Calcutta medical institutions reports 1871-78
Year: 1871
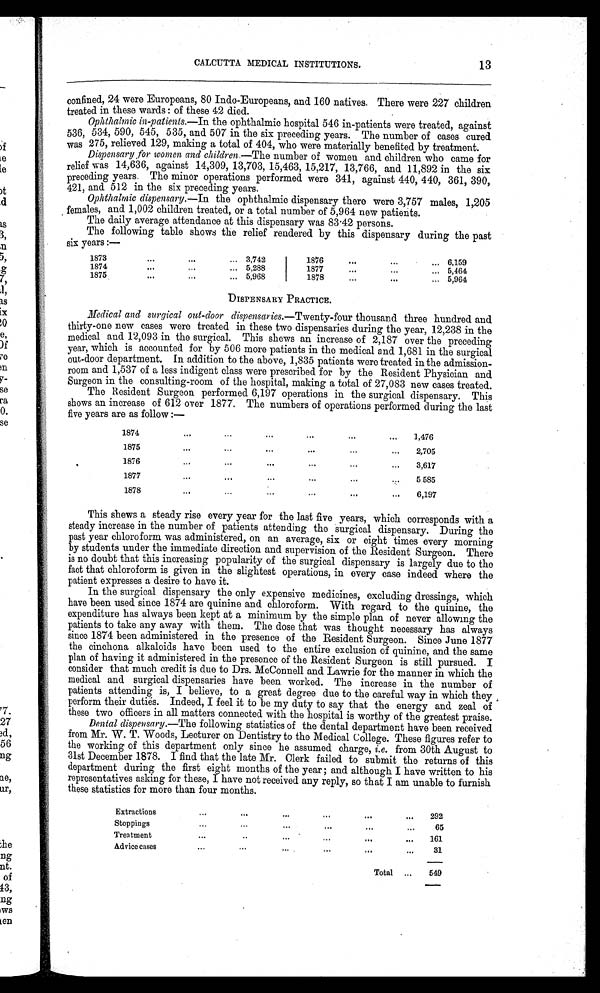
CALCUTTA MEDICAL INSTITUTIONS.
13
confined, 24 were Europeans, 80 Indo-Europeans, and 160 natives. There were 227 children
treated in these wards : of these 42 died.
Ophthalmic in-patients.—In the ophthalmic hospital 546 in-patients were treated, against
536, 534, 590, 545, 535, and 507 in the six preceding years. The number of cases cured
was 275, relieved 129, making a total of 404, who were materially benefited by treatment.
Dispensary for women and children. —The number of women and children who came for
relief was 14,636, against 14,309, 13,703, 15,463, 15,217, 13,766, and 11,892 in the six
preceding years. The minor operations performed were 341, against 440, 440, 361, 390,
421, and 512 in the six preceding years.
Ophthalmic dispensary. —In the ophthalmic dispensary there were 3,757 males, 1,205
females, and 1,002 children treated, or a total number of 5,964 new patients.
The daily average attendance at this dispensary was 83.42 persons.
The following table shows the relief rendered by this dispensary during the past
si x year s: —
1873
...
...
.... 3,742
1874
...
...
... 5,288
1875
...
...
... 5,968
1876
...
...
... 6,159
1877
...
...
„, 5,464
1878
...
...
... 5,964
DISPENSARY PRACTICE.
Medical and surgical out-door dispensaries. —Twenty-four thousand three hundred and
thirty-one new cases were treated in these two dispensaries during the year, 12,238 in the
medical and 12,093 in the surgical. This shews an increase of 2,187 over the preceding
year, which is accounted for by 506 more patients in the medical and 1,681 in the surgical
out-door department. In addition to the above, 1,835 patients were treated in the admission-
room and 1,537 of a less indigent class were prescribed for by the Resident Physician and
Surgeon in the consulting-room of the hospital, making a total of 27,083 new cases treated.
The Resident Surgeon performed 6,197 operations in the surgical dispensary. This
shows an increase of 612 over 1877. The numbers of operations performed during the last
five years are as follow :—
1874
...
...
...
...
...
...
1,476
1875
...
...
...
...
...
...
2,705
1876
...
...
...
...
... ...
3,617
1877
...
...
...
...
...
...
5,585
1878
...
...
...
... ...
...
6,197
This shews a steady rise every year for the last five years, which corresponds with a
steady increase in the number of patients attending the surgical dispensary. During the
past year chloroform was administered, on an average, six or eight times every morning
by students under the immediate direction and supervision of the Resident Surgeon. There
is no doubt that this increasing popularity of the surgical dispensary is largely due to the
fact that chloroform is given in the slightest operations, in every case indeed where the
patient expresses a desire to have it.
In the surgical dispensary the only expensive medicines, excluding dressings, which
have been used since 1874 are quinine and chloroform. With regard to the quinine, the
expenditure has always been kept at a minimum by the simple plan of never allowing the
patients to take any away with them. The dose that was thought necessary has always
since 1874 been administered in the presence of the Resident Surgeon. Since June 1877
the cinchona alkaloids have been used to the entire exclusion of quinine, and the same
plan of having it administered in the presence of the Resident Surgeon is still pursued. I
consider that much credit is due to Drs. McConnell and Lawrie for the manner in which the
medical and surgical dispensaries have been worked. The increase in the number of
patients attending is, I believe, to a great degree due to the careful way in which they
perform their duties. Indeed, I feel it to be my duty to say that the energy and zeal of
these two officers in all matters connected with the hospital is worthy of the greatest praise.
Dental dispensary. —The following statistics of the dental department have been received
from Mr. W. T. Woods, Lecturer on Dentistry to the Medical College. These figures refer to
the working of this department only since he assumed charge, i.e. from 30th August to
31st December 1878. I find that the late Mr. Clerk failed to submit the returns of this
department during the first eight months of the year ; and although I have written to his
representatives asking for these, I have not received any reply, so that I am unable to furnish
these statistics for more than four months.
Extraction
...
...
...
...
...
...
292
Stoppings
...
...
...
...
...
...
65
Treatment
...
...
...
...
...
...
161
Advice cases
...
...
...
...
...
...
31
Total ...
549